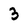
Character: 3